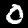
Label: 0